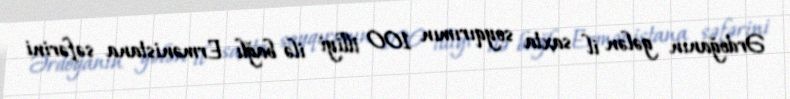
Ərdoğanın gələn il saxta soyqırımın 100 illiyi ilə bağlı Ermənistana səfərini